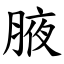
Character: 腋